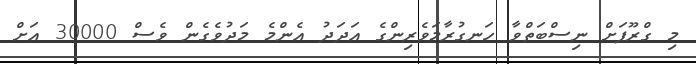
މި ގްރޫޕަށް ނިސްބަތްވާ ހަނގުރާމަވެރިންގެ އަދަދު އެންމެ މަދުވެގެން ވެސް 30000 އަށް